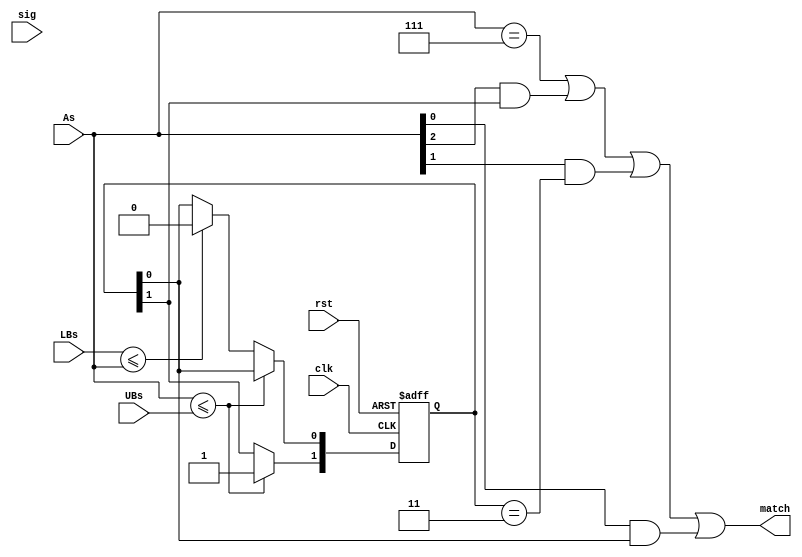
module last_stage(
	input clk, rst,
	input [3:0] As,
	input [3:0] LBs, UBs,
	input [3:0] sig,
	output match
);

	reg [1:0] sig_last;
	always @(posedge clk or negedge rst) begin
		if(!rst)
			sig_last <= 0;
		else
			if(As <= UBs)
				sig_last[1] <= 1;
			else if(LBs <= As)
				sig_last[0] <= 0;
	end
	
	assign match = As==3'b111 || (As[2]&sig_last[1]) || (As[1]&sig_last==2'b11) || (As[0]&sig_last[0]);

endmodule